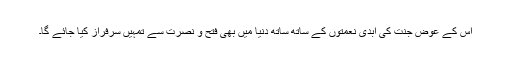
اس کے عوض جنت کی ابدی نعمتوں کے ساتھ ساتھ دنیا میں بھی فتح و نصرت سے تمہیں سرفراز کیا جائے گا۔